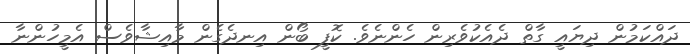
ދައްކަމުން ދިޔައީ ގާތް ދެއެކުވެރިން ހެންނެވެ. ކޮފީ ބޯން އިނދެގެން މާއިޝާވެސް އެމީހުންނާ